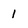
Character: 1